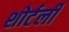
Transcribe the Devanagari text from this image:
शोर्टली